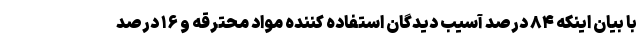
با بیان اینکه ۸۴ درصد آسیب دیدگان استفاده کننده مواد محترقه و ۱۶ درصد